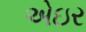
એઇર